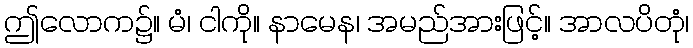
ဤလောက၌။ မံ၊ ငါကို။ နာမေန၊ အမည်အားဖြင့်။ အာလပိတုံ၊